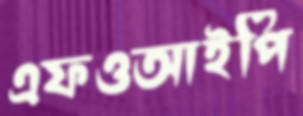
এফওআইপি